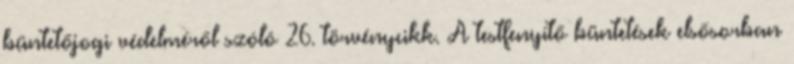
büntetőjogi védelméről szóló 26. törvénycikk. A testfenyítő büntetések elsősorban